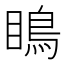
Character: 瞗